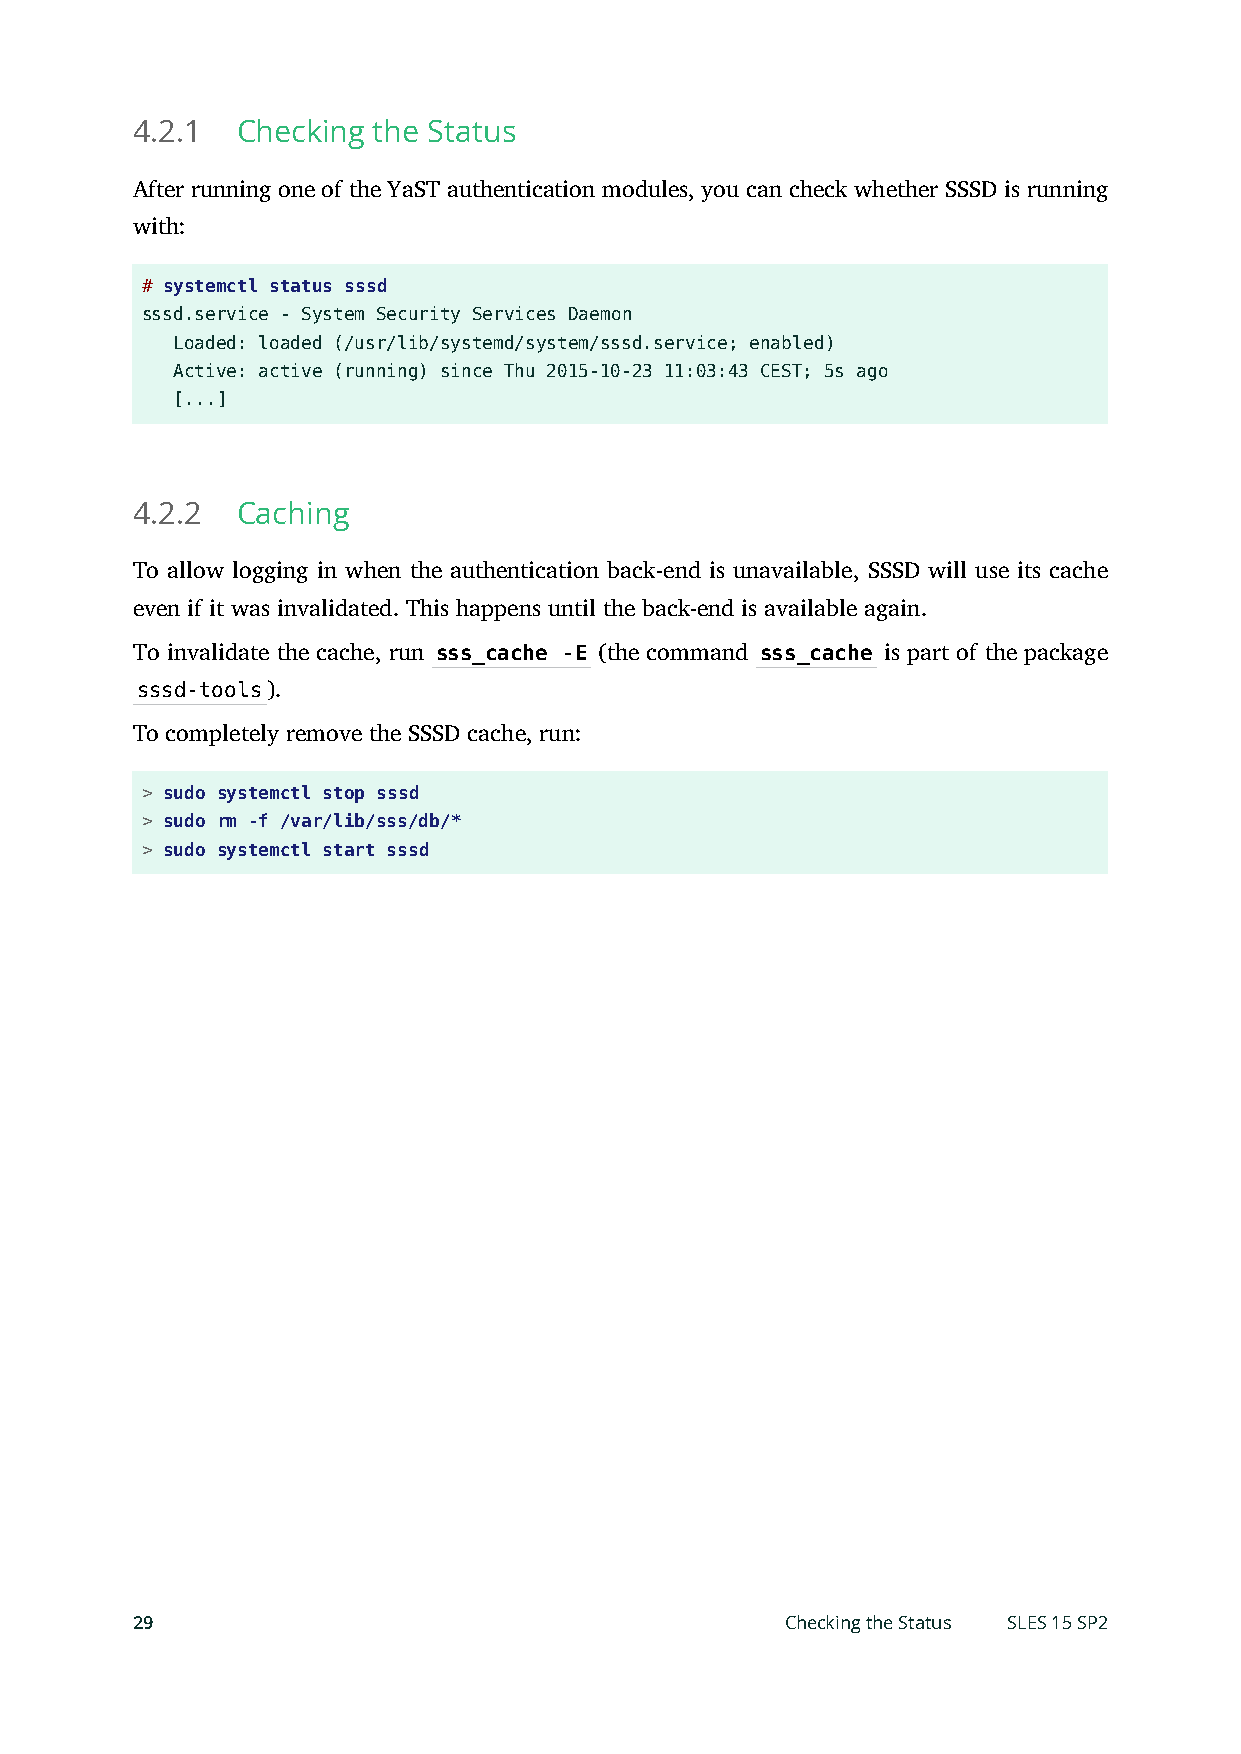
4.2.1  Checking the Status
 After running one of the YaST authentication modules, you can check whether SSSD is running
 with:
 # systemctl status sssd
 sssd.service - System Security Services Daemon
 Loaded: loaded (/usr/lib/systemd/system/sssd.service; enabled)
 Active: active (running) since Thu 2015-10-23 11:03:43 CEST; 5s ago
 [...]
 4.2.2  Caching
 To allow logging in when the authentication back-end is unavailable, SSSD will use its cache
 even if it was invalidated. This happens until the back-end is available again.
 To invalidate the cache, run sss_cache -E (the command sss_cache is part of the package
 sssd-tools).
 To completely remove the SSSD cache, run:
 > sudo systemctl stop sssd
 > sudo rm -f /var/lib/sss/db/*
 > sudo systemctl start sssd
 29                                         Checking the Status SLES 15 SP2